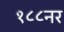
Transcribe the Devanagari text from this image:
१८८नर